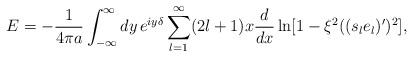
LaTeX: \begin{align*}E=-{1\over4\pi a}\int_{-\infty}^\infty dy\,e^{iy\delta}\sum_{l=1}^\infty(2l+1)x{d\over dx}\ln[1-\xi^2((s_le_l)')^2],\end{align*}